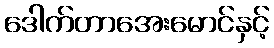
ဒေါက်တာအေးမောင်နှင့်